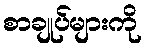
စာချုပ်များကို